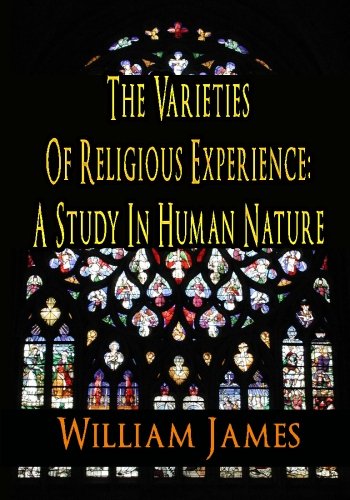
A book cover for The Varieties Of Religious Experience: A Study In Human Nature; William James; Politics & Social Sciences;